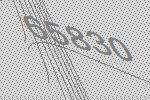
65830